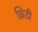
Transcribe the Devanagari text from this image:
थ्रिडी